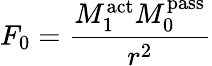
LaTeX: F_{0}={\frac{M_{1}^{\mathrm{act}}M_{0}^{\mathrm{pass}}}{r^{2}}}